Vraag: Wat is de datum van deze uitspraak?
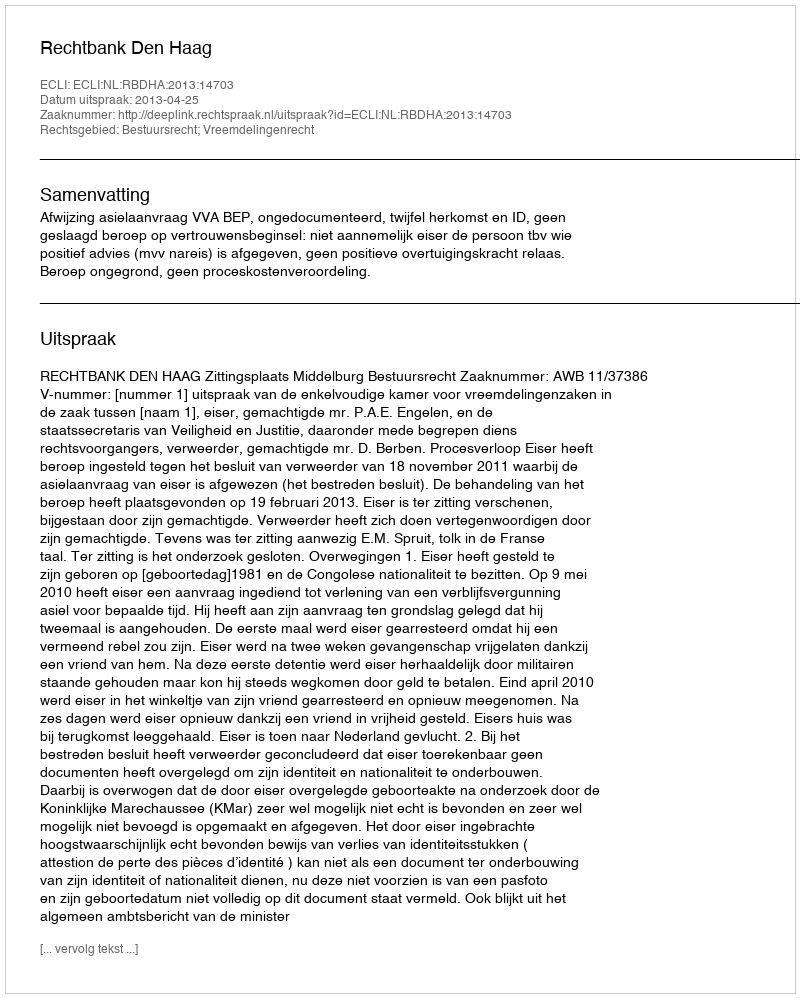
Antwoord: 2013-04-25